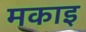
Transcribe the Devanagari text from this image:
मकाइ